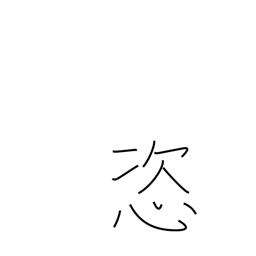
Meaning: arbitrary